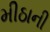
મીઠાની